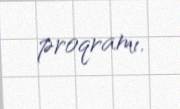
proqramı.